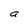
Character: a